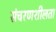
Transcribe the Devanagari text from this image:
संचरणशीलता